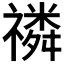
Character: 𥛷